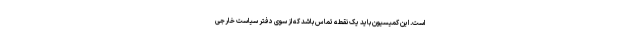
است. این کمیسیون باید یک نقطه تماس باشد که از سوی دفتر سیاست خارجی